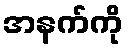
အနက်ကို